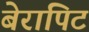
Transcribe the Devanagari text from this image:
बेरापिट